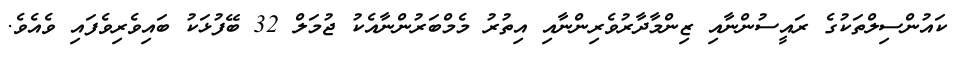
ކައުންސިލްތަކުގެ ރައީސުންނާއި ޒިންމާދާރުވެރިންނާއި އިތުރު މެމްބަރުންނާއެކު ޖުމަލް 32 ބޭފުޅަކު ބައިވެރިވެފައި ވެއެވެ.